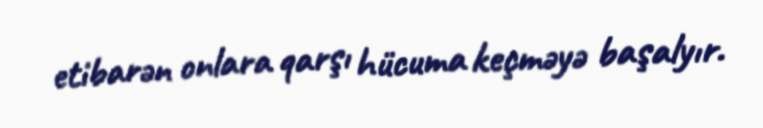
etibarən onlara qarşı hücuma keçməyə başalyır.